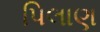
પિલાણ